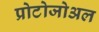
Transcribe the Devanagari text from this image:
प्रोटोजोअल